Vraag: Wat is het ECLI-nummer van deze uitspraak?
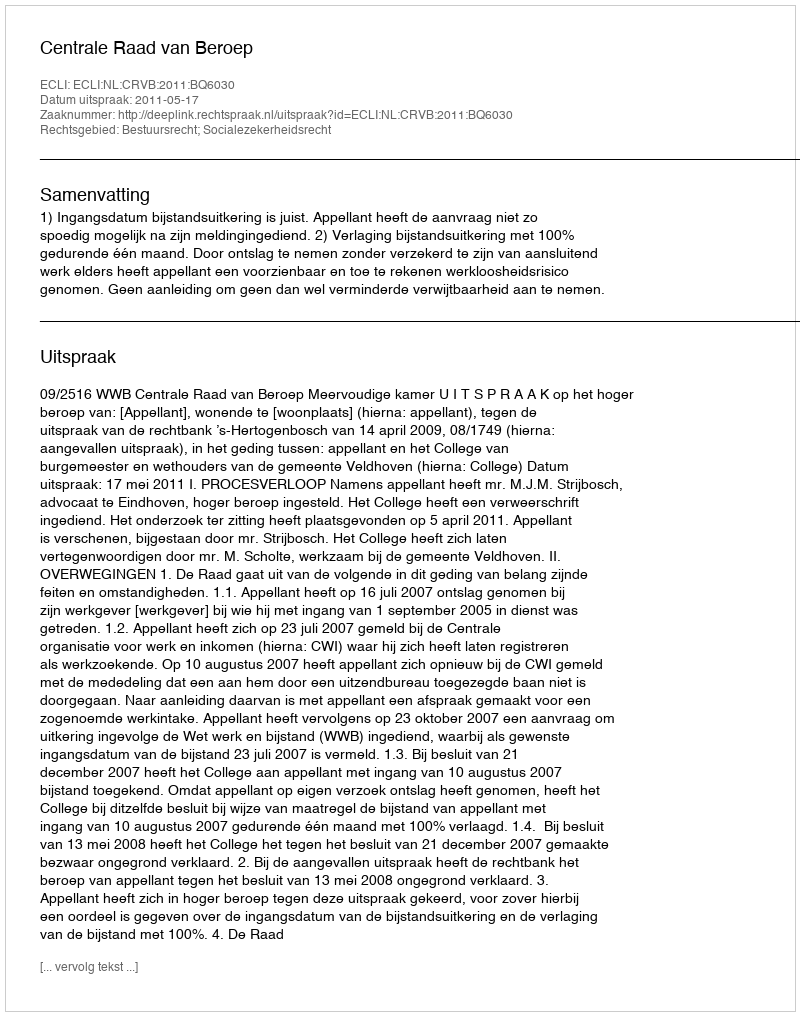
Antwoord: ECLI:NL:CRVB:2011:BQ6030